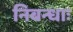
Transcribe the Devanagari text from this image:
निबन्धाः